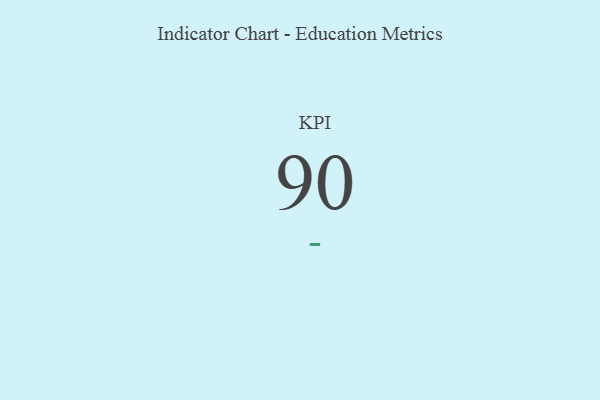
{"axis": {"x": "KPI", "y": "Value"}, "legend": [""], "data": [{"x": "KPI", "y": 90, "type": ""}]}